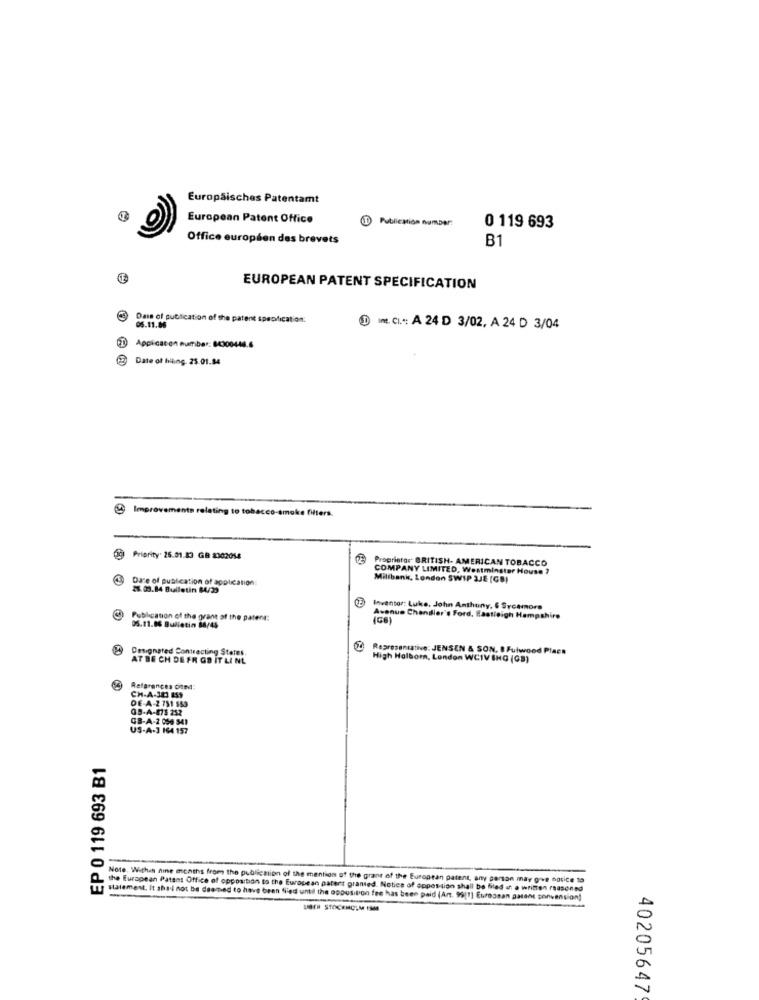
Europäisches Patentamt
European Patent Office
Publication number:
0 119 693
Office européen des brevets
B1
EUROPEAN PATENT SPECIFICATION
Date of publication of the patent spapfication:
05.11.06
1 . CI .:: A 24 D 3/02, A 24 D 3/04
T Appicacon number: 84300444.6
Date of hiling. 25.01.84
@ Improvements relating to tobacco-smoke filters.
Og Priority. 26.01.13 GB 2302014
Proprietor BRITISH AMERICAN TOBACCO
COMPANY LIMITED, Westminster House ?
Date of publication of application:
Millbanks, London SWIP 3JE (GB)
26.09.84 Bulletin 64/29
Inventor: Luke, John Anthony, 6 Sycamore
Publication of the grant of the patent:
Avenue Chandler's Ford, Eastleigh Hampshire
05.11.06 Bulletin 88/45
Designated Contracting States.
Representative: JENSEN & SON, BFulwood Place
AT BE CH DE FR OD IT LI NL
High Holborn, London WCIV ING (GB)
References oted:
CH-A-323 159
DE-A-2 731 553
09-A-873 252
GB-A-2 059 341
US-A-3 164 157
EP 0 119 693 B1
Note. Within nine months from the publiction of the mention of the grant of the European patent, any person may give notice to
the European Patent Office of opposition to the European patent granted. Noties of opposition shall be filed in a written reasoned
Tstatement. It shall not be deemed to have been filed until the opposition fre has been paid (Art. 99[1] Euroanan patent convension!
LEH STOCKHOLM IS
40205647